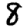
Digit: 8